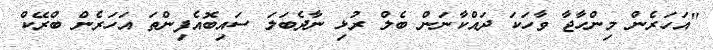
"އަހަރެން މިންހާޖާ ވާހަކަ ދައްކާނަން ބެލް ރުޅި ނާދެބަލަ ސައިބޮއެފިންތަ އަހަރެން ބްރޭކް